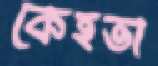
কেহতা